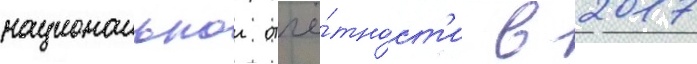
национальнои отчё́тност'и в 2017